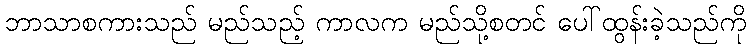
ဘာသာစကားသည် မည်သည့် ကာလက မည်သို့စတင် ပေါ်ထွန်းခဲ့သည်ကို